画像に写った文字を読んでください
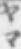
「ヤマ」と書いてあります